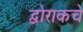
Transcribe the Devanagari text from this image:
द्वोराकचे